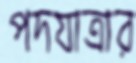
পদযাত্রার